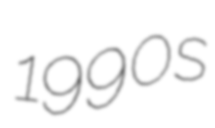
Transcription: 1990s